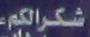
شكرالكم